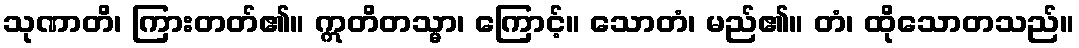
သုဏာတိ၊ ကြားတတ်၏။ ဣတိတသ္မာ၊ ကြောင့်။ သောတံ၊ မည်၏။ တံ၊ ထိုသောတသည်။